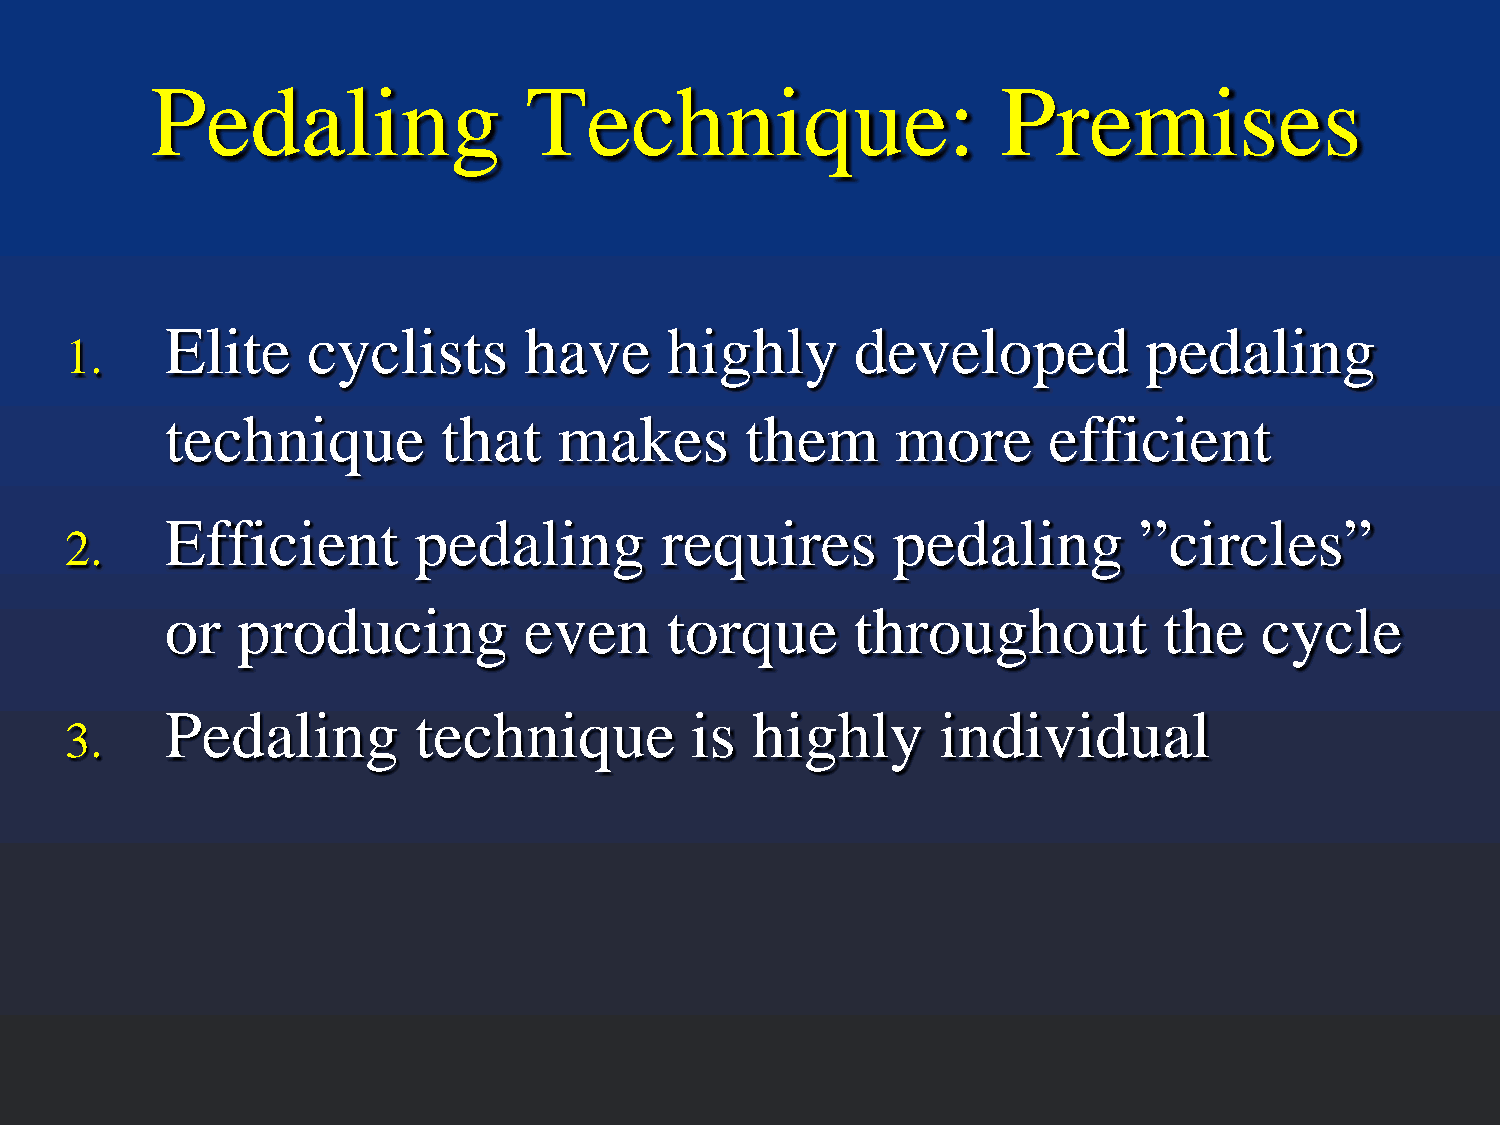
Pedaling                 Technique:                     Premises
 Elite    cyclists       have     highly       developed          pedaling
 1.
 technique         that    makes       them      more      efficient
 Efficient       pedaling         requires       pedaling        ”circles”
 2.
 or   producing          even     torque       throughout          the   cycle
 Pedaling        technique          is  highly      individual
 3.